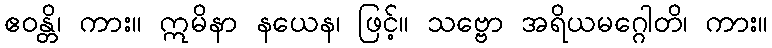
ဧဝန္တိ၊ ကား။ ဣမိနာ နယေန၊ ဖြင့်။ သဗ္ဗော အရိယမဂ္ဂေါတိ၊ ကား။